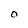
Character: O